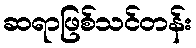
ဆရာဖြစ်သင်တန်း